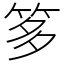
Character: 𥭋